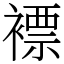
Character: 褾